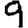
Digit: 9